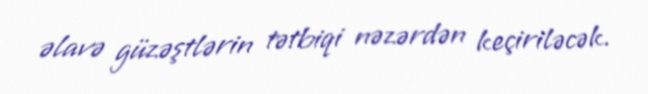
əlavə güzəştlərin tətbiqi nəzərdən keçiriləcək.